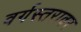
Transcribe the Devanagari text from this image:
वर्गस्तरावर